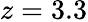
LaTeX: z=3.3